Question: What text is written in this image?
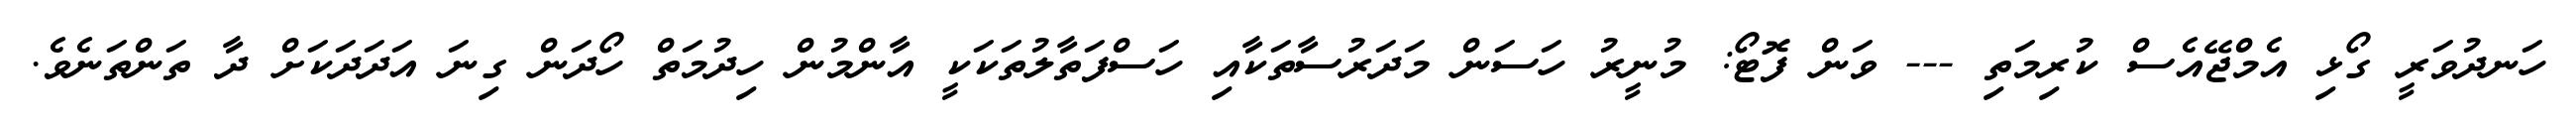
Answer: ހަނދުވަރީ ގޯޅި އެމްޖޭއެސް ކުރިމަތި --- ވަން ފޮޓޯ: މުނީރު ހަސަން މަދަރުސާތަކާއި ހަސްފަތާލުތަކަކީ އާންމުން ހިދުމަތް ހޯދަން ގިނަ އަދަދަކަށް ދާ ތަންތަނެވެ.